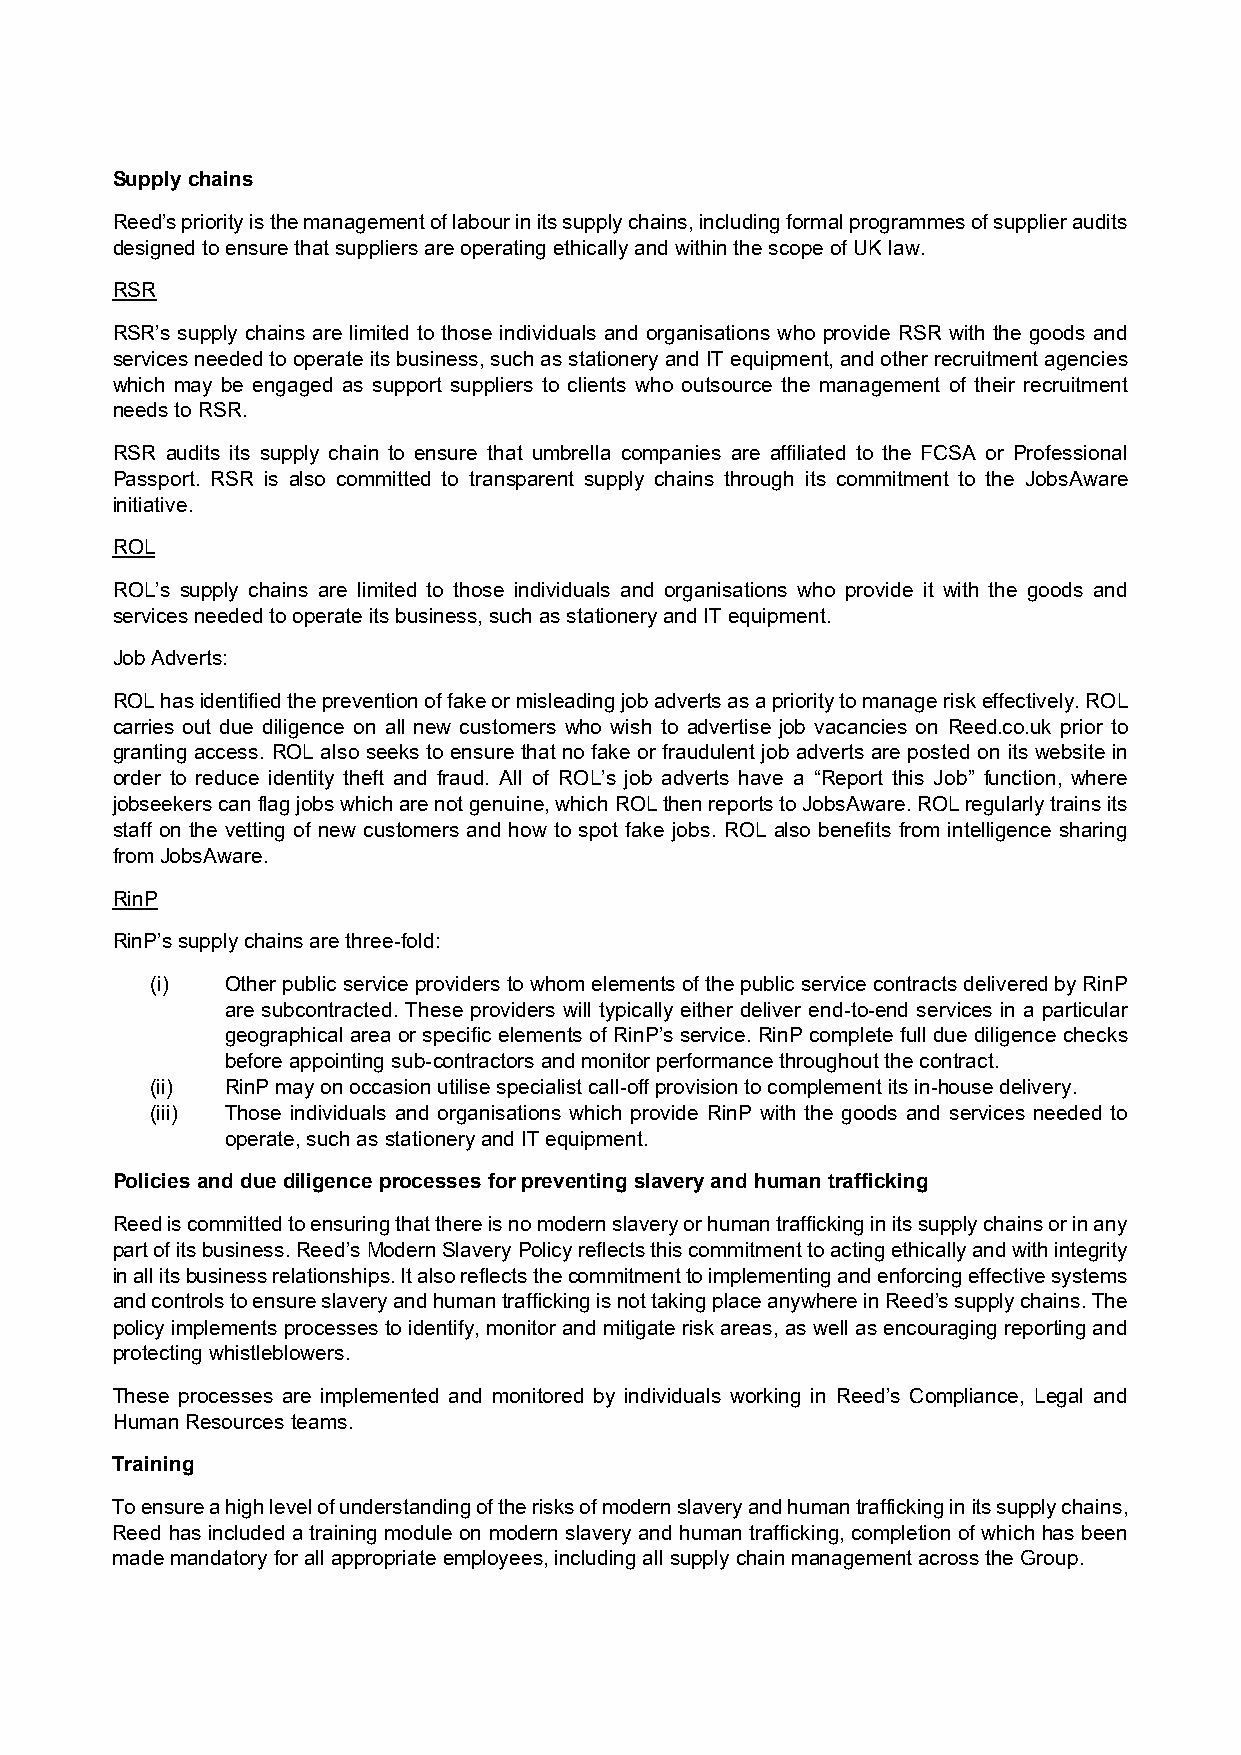
Supply chains
 Reed’s priority is the management of labour in its supply chains, including formal programmes of supplier audits
 designed to ensure that suppliers are operating ethically and within the scope of UK law.
 RSR
 RSR’s supply chains are limited to those individuals and organisations who provide RSR with the goods and
 services needed to operate its business, such as stationery and IT equipment, and other recruitment agencies
 which may be engaged as support suppliers to clients who outsource the management of their recruitment
 needs to RSR.
 RSR audits its supply chain to ensure that umbrella companies are affiliated to the FCSA or Professional
 Passport. RSR is also committed to transparent supply chains through its commitment to the JobsAware
 initiative.
 ROL
 ROL’s supply chains are limited to those individuals and organisations who provide it with the goods and
 services needed to operate its business, such as stationery and IT equipment.
 Job Adverts:
 ROL has identified the prevention of fake or misleading job adverts as a priority to manage risk effectively. ROL
 carries out due diligence on all new customers who wish to advertise job vacancies on Reed.co.uk prior to
 granting access. ROL also seeks to ensure that no fake or fraudulent job adverts are posted on its website in
 order to reduce identity theft and fraud. All of ROL’s job adverts have a “Report this Job” function, where
 jobseekers can flag jobs which are not genuine, which ROL then reports to JobsAware. ROL regularly trains its
 staff on the vetting of new customers and how to spot fake jobs. ROL also benefits from intelligence sharing
 from JobsAware.
 RinP
 RinP’s supply chains are three-fold:
 (i)  Other public service providers to whom elements of the public service contracts delivered by RinP
 are subcontracted. These providers will typically either deliver end-to-end services in a particular
 geographical area or specific elements of RinP’s service. RinP complete full due diligence checks
 before appointing sub-contractors and monitor performance throughout the contract.
 (ii) RinP may on occasion utilise specialist call-off provision to complement its in-house delivery.
 (iii) Those individuals and organisations which provide RinP with the goods and services needed to
 operate, such as stationery and IT equipment.
 Policies and due diligence processes for preventing slavery and human trafficking
 Reed is committed to ensuring that there is no modern slavery or human trafficking in its supply chains or in any
 part of its business. Reed’s Modern Slavery Policy reflects this commitment to acting ethically and with integrity
 in all its business relationships. It also reflects the commitment to implementing and enforcing effective systems
 and controls to ensure slavery and human trafficking is not taking place anywhere in Reed’s supply chains. The
 policy implements processes to identify, monitor and mitigate risk areas, as well as encouraging reporting and
 protecting whistleblowers.
 These processes are implemented and monitored by individuals working in Reed’s Compliance, Legal and
 Human Resources teams.
 Training
 To ensure a high level of understanding of the risks of modern slavery and human trafficking in its supply chains,
 Reed has included a training module on modern slavery and human trafficking, completion of which has been
 made mandatory for all appropriate employees, including all supply chain management across the Group.